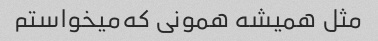
مثل همیشه همونی که‌میخواستم